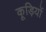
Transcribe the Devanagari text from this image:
कूड़ियों